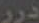
درر